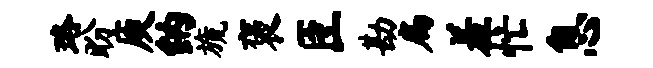
珞盼庾纳旒褒臣勘扁羞忙息